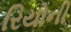
રિયોની